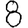
Digit: 8